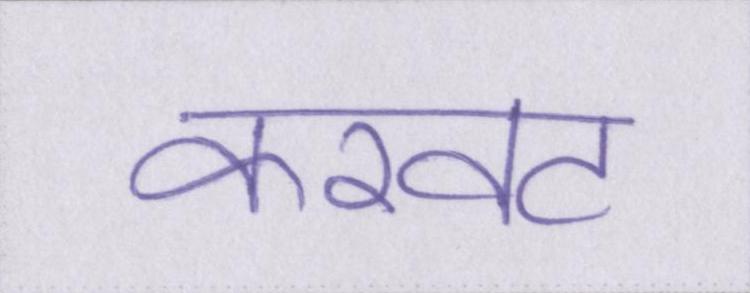
करवट